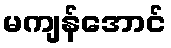
မကျန်အောင်